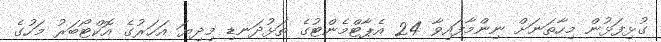
ގުޅިފަޅުން މިހާތަނަށް ނިންމާފައިވާ 24 އެޕާޓްމެންޓުގެ ތަޅުދަނޑި މިދިޔަ އަހަރުގެ އޮކްޓޯބަރު މަހުގެ